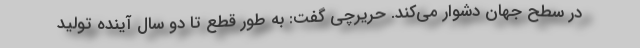
در سطح جهان دشوار می‌کند. حریرچی گفت: به طور قطع تا دو سال آینده تولید